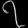
Digit: ၇